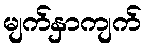
မျက်နှာကျက်